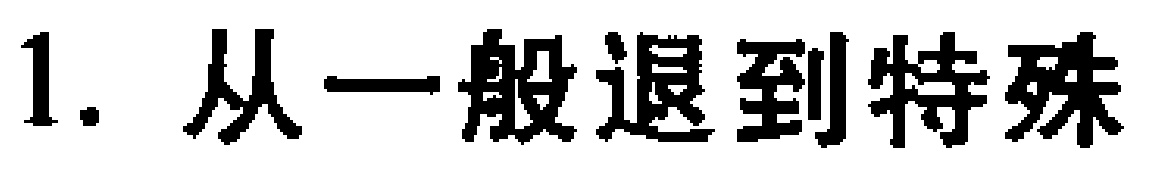
1. 从一般退到特殊